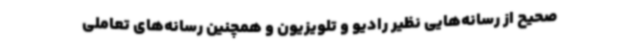
صحیح‌ از رسانه‌هایی نظیر رادیو و تلویزیون و همچنین رسانه‌های تعاملی